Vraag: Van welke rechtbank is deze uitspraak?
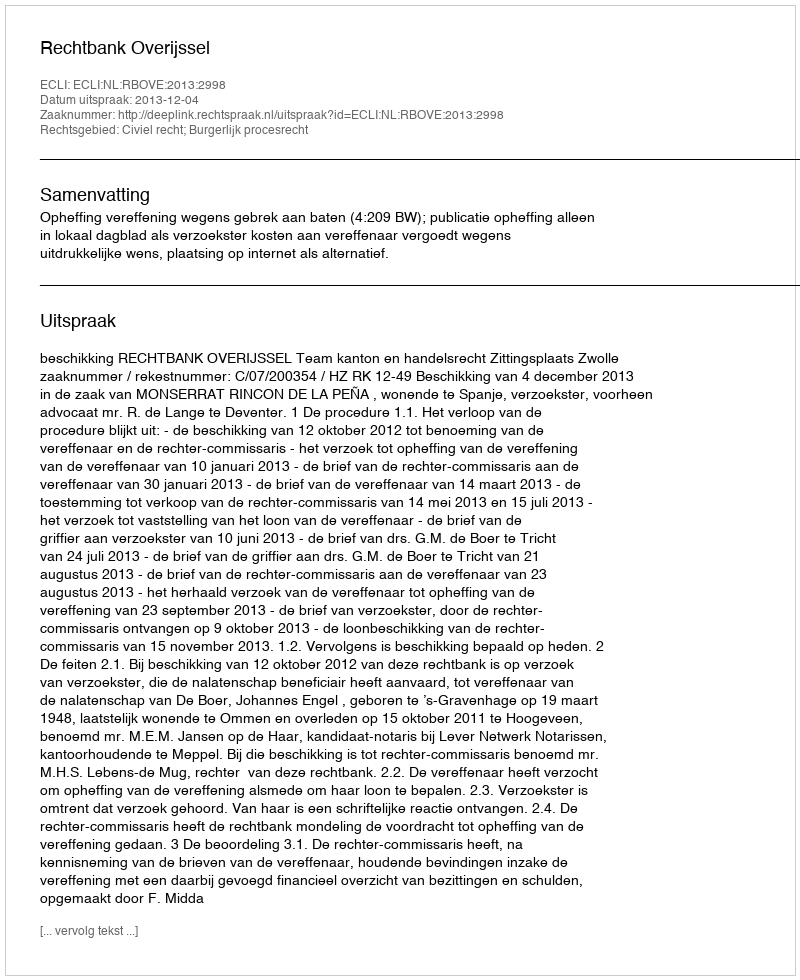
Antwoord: Rechtbank Overijssel